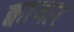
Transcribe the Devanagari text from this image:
क्वाजार